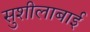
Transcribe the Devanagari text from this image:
सुशीलाबाई